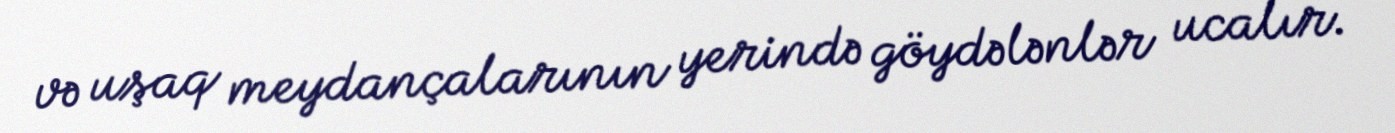
və uşaq meydançalarının yerində göydələnlər ucalır.